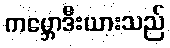
ကမ္ဘောဒီးယားသည်